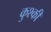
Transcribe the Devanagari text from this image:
कुश्की